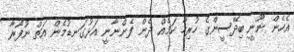
އެހެން ނޫނީ ބިދޭސީންގެ ހުރިހާ ކަމެއް ދެން ފެންނާނީ އަޅުގަނޑުމެން އަތް ނުފޯރާ